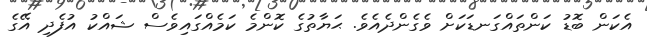
އެކަން ބޮޑު ކަންތައްގަނޑަކަށް ވެގެންދެއެވެ. ޙަޔާތުގެ ކޮންމެ ކަމެއްގައިވެސް ޝައްކު އުފެދި އޭގެ